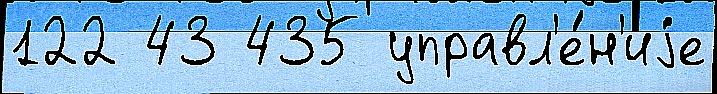
122 43 435 управл'е́н'иjе